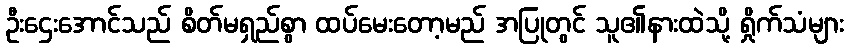
ဦးဌေးအောင်သည် စိတ်မရှည်စွာ ထပ်မေးတော့မည် အပြုတွင် သူ၏နားထဲသို့ ရှိုက်သံများ